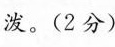
泼。(2分)